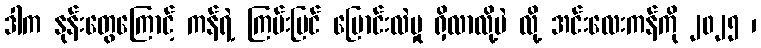
ဒါက နုန်းတွေကြောင့် ကန်ရဲ့ ကြမ်းပြင် ပြောင်းလဲမှု ရှိလာလို့ပဲ လို့ အင်းလေးကန်ကို ၂၀၂၅ ၊